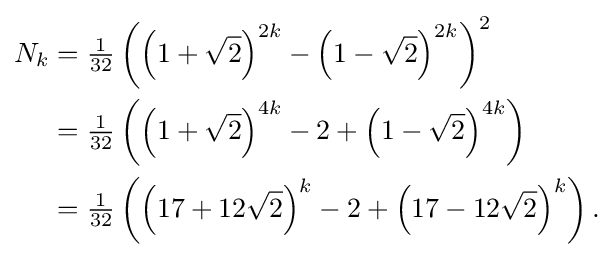
\displaystyle {\begin{aligned}N_{k}&={\tfrac {1}{32}}\left(\left(1+{\sqrt {2}}\right)^{2k}-\left(1-{\sqrt {2}}\right)^{2k}\right)^{2}\\&={\tfrac {1}{32}}\left(\left(1+{\sqrt {2}}\right)^{4k}-2+\left(1-{\sqrt {2}}\right)^{4k}\right)\\&={\tfrac {1}{32}}\left(\left(17+12{\sqrt {2}}\right)^{k}-2+\left(17-12{\sqrt {2}}\right)^{k}\right).\end{aligned}}